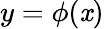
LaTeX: y=\phi(\mathit{x})